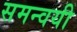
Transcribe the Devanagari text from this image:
समन्वयी